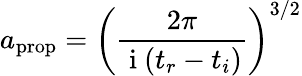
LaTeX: a_{\mathrm{prop}}=\left(\frac{2\pi}{\mathrm{~i~}(t_{r}-t_{i})}\right)^{3/2}